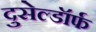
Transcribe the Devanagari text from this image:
दुसेल्डॉर्फ